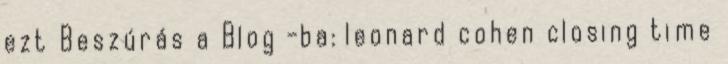
ezt Beszúrás a Blog -ba: leonard cohen closing time